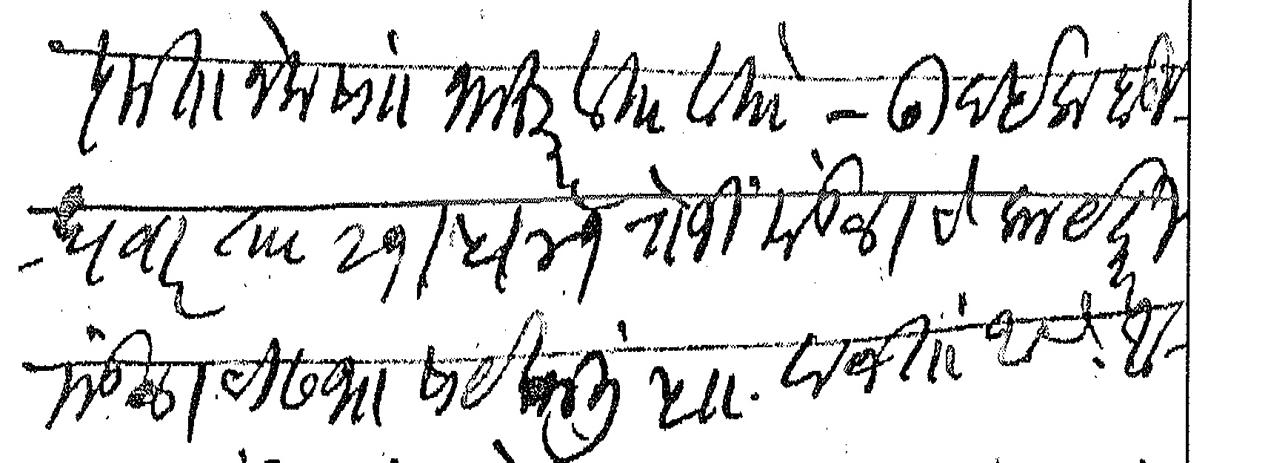
Transliteration (Devanagari): कृतानेक सां नमस्कार वि वि उदईक बुधवार ता २१ ५ ४१ रोजी
मंडळाचे कार्यकारी मंडळाची सभा सायंकाली ५ वाजता आहे आपण